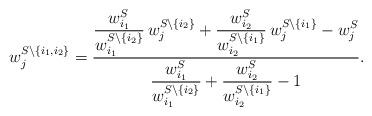
LaTeX: \begin{align*}w^{S \setminus \{i_1, i_2\}}_j = \frac{\displaystyle \frac{w^S_{i_1}}{w^{S \setminus \{i_2\}}_{i_1}} \, w^{S \setminus \{i_2\}}_j + \frac{w^S_{i_2}}{w^{S \setminus \{i_1\}}_{i_2}} \, w^{S \setminus \{i_1\}}_j - w^S_j}{\displaystyle \frac{w^S_{i_1}}{w^{S \setminus \{i_2\}}_{i_1}} + \frac{w^S_{i_2}}{w^{S \setminus \{i_1\}}_{i_2}} - 1}.\end{align*}